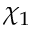
\chi _ { 1 }